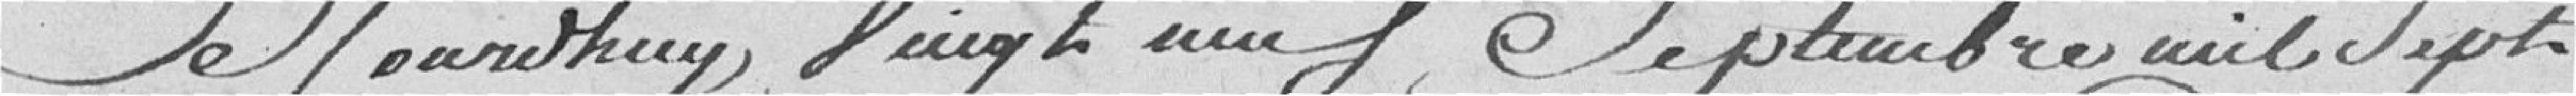
Ce jourd'hui, vingt neuf Septembre mil sept